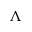
\Lambda